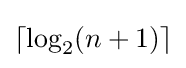
\lceil \log _{2}(n+1)\rceil